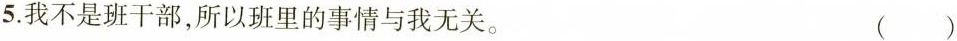
5.我不是班干部，所以班里的事情与我无关。 ()